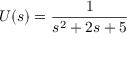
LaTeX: U ( s ) = { \frac { 1 } { s ^ { 2 } + 2 s + 5 } }